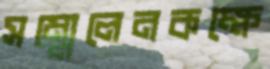
সম্মেলেনকক্ষে